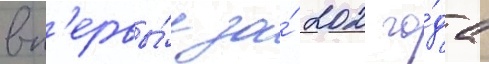
вп'ервы́е за́ 202 го́да